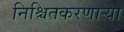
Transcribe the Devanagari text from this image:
निश्चितकरणाऱ्या